Annual administration report of the Civil Veterinary Department of India - 1898-1899
Year: 1898
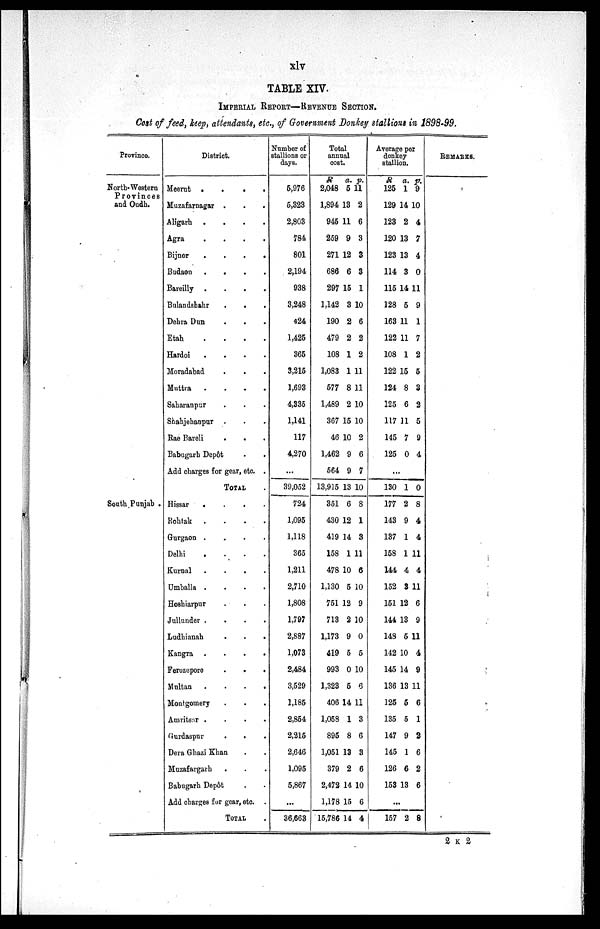
xlv
TABLE XIV.
IMPERIAL REPORT—REVENUE SECTION.
Cost of feed, keep, attendants, etc., of Government Donkey stallions in 1898-99.
Province.
North-Western
Provinces
and Oudh.
South Punjab .
District.
Meerut
.
.
.
.
Muzafarnagar . . .
Aligarh . . . .
Agra . . . .
Bijnor
.
.
.
.
Budaon . . . .
Bareilly . . . .
Bulandshahr . . . .
Dehra Dun . . .
Etah
. . . .
Hardoi
. . . .
Moradabad . . .
Muttra
. . . .
Saharanpur . . .
Shahjehanpur . . .
Rae Bareli
. . . .
Babugarh Depôt . .
Add charges for gear, etc. .
TOTAL .
Hissar . . . .
Rohtak . . . . .
Gurgaon . . . . .
Delhi
. . . . .
Kurnal
. . . . .
Umballa . . . . .
Hoshiarpur . . . .
Jullunder . . . . .
Ludhianah
.
.
.
Kangra
.
.
.
.
Ferozepore
.
.
.
Multan . . . .
Montgomery . . .
Amritsar . . . .
Gurdaspur
.
.
.
.
Dera Ghazi Khan . .
Muzafargarh . . . .
Babugarh Depôt . .
Add charges for gear, etc. .
TOTAL .
Number of
stallions or
days.
5,976
5,323
2,803
784
801
2,194
938
3,248
424
1,425
365
3,215
1,693
4,335
1,141
117
4,270
...
39,052
724
1,095
1,118
365
1,211
2,710
1,808
1,797
2,887
1,073
2,484
3,529
1,185
2,854
2,215
2,646
1,095
5,867
...
36,663
Total
annual
cost.
R
2,048
1,894
945
259
271
686
297
1,142
190
479
108
1,083
577
1,489
367
46
1,462
564
13,915
351
430
419
158
478
1,130
751
713
1,173
419
993
1,323
406
1,058
895
1,051
379
2,472
1,178
15,786
a.
5
13
11
9
12
6
15
3
2
2
1
1
8
2
15
10
9
9
13
6
12
14
1
10
5
12
2
9
5
0
5
14
1
8
13
2
14
15
14
p.
11
2
6
3
3
3
1
10
6
2
2
11
11
10
10
2
6
7
10
8
1
3
11
6
10
9
10
0
5
10
6
11
3
6
3
6
10
6
4
Average per
donkey
stallion.
R
125
129
123
120
123
114
115
128
163
122
108
122
124
125
117
145
125
a.
1
14
2
13
13
3
14
5
11
11
1
15
8
6
11
7
0
p.
9
10
4
7
4
0
11
9
1
7
2
5
3
2
5
9
4
..
.
130
177
143
137
158
144
152
151
144
148
142
145
136
125
135
147
145
126
153
1
2
9
1
1
4
3
12
13
5
10
14
13
6
5
9
1
6
13
0
8
4
4
11
4
11
6
9
11
4
9
11
6
1
2
6
2
6
...
157 2 8
REMARKS.
2 K 2